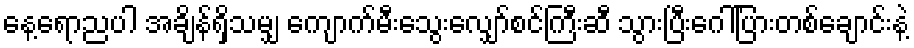
နေ့ရောညပါ အချိန်ရှိသမျှ ကျောက်မီးသွေးလျှော်စင်ကြီးဆီ သွားပြီးဂေါ်ပြားတစ်ချောင်းနဲ့